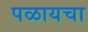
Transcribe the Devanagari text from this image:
पळायचा